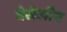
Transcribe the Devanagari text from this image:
वेसेलीन